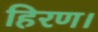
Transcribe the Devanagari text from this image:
हिरण।